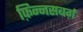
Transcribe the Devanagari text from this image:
फ़िन्नसबर्ग़